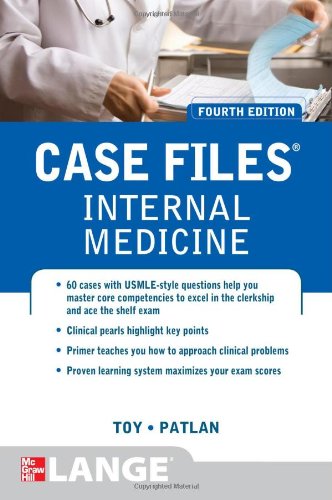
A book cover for Case Files Internal Medicine, Fourth Edition (LANGE Case Files); Eugene Toy; Test Preparation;